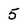
Character: 5